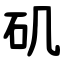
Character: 矶